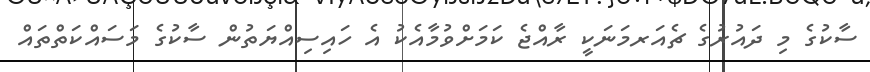
ސާކުގެ މި ދައުރުގެ ޗެއަރމަނަކީ ރާއްޖެ ކަމަށްވުމާއެކު އެ ހައިސިއްޔަތުން ސާކުގެ މަސައްކަތްތައް